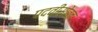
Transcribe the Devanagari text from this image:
पदवीसोबत